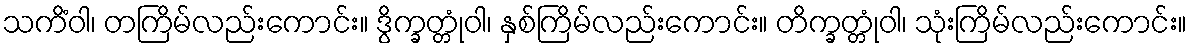
သကိံဝါ၊ တကြိမ်လည်းကောင်း။ ဒွိက္ခတ္တုံဝါ၊ နှစ်ကြိမ်လည်းကောင်း။ တိက္ခတ္တုံဝါ၊ သုံးကြိမ်လည်းကောင်း။